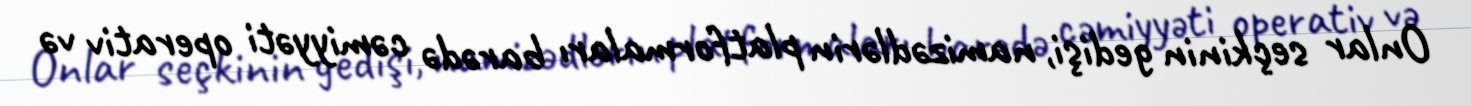
Onlar seçkinin gedişi, namizədlərin platformaları barədə cəmiyyəti operativ və